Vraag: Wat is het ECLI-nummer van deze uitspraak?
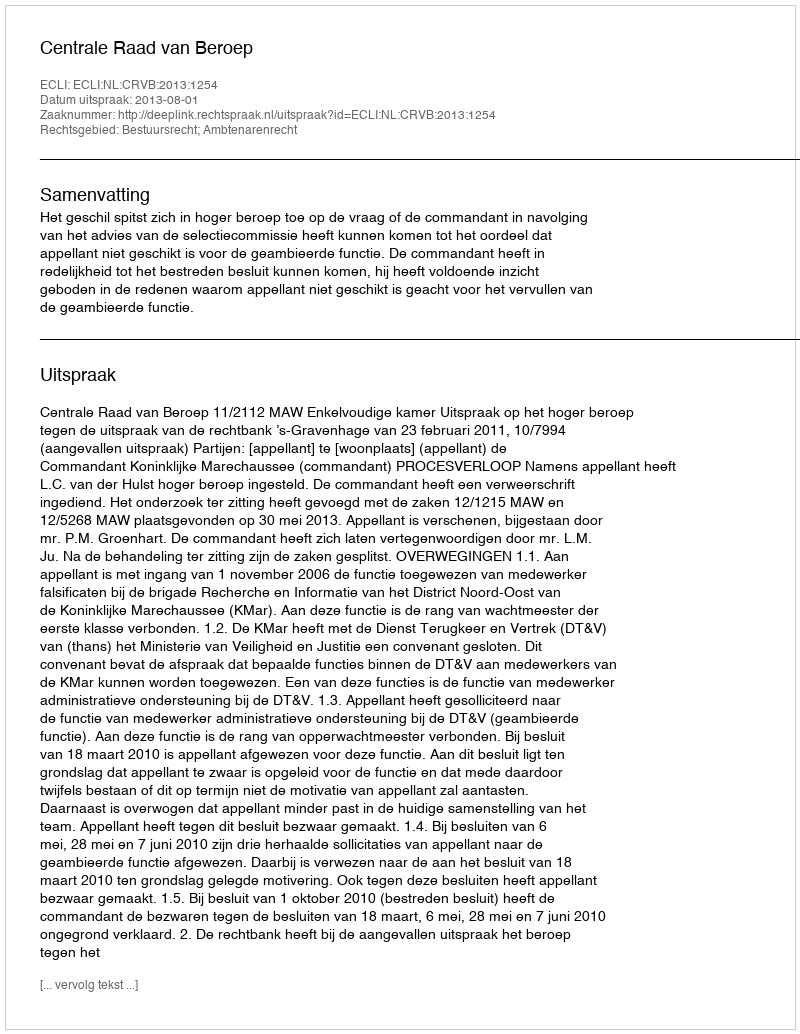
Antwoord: ECLI:NL:CRVB:2013:1254